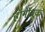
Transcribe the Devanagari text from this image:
हॉर्नीब्रूक